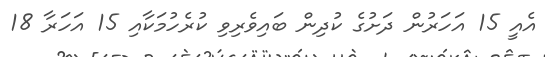
އެއީ 15 އަހަރުން ދަށުގެ ކުދިން ބައިވެރިވި ކުރެހުމަކާއި 15 އަހަރާ 18